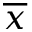
\overline { { x } }